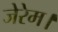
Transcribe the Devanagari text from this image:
जेरेम।